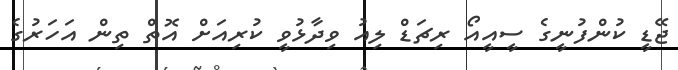
ޖޭޑީ ކުންފުނީގެ ސީއީއޯ ރިޗަޑް ލިއު ވިދާޅުވީ ކުރިއަށް އޮތް ތިން އަހަރުގެ